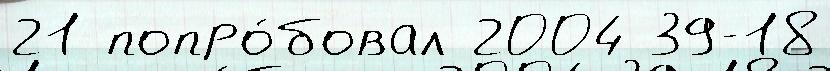
21 попро́бовал 2004 39-18